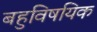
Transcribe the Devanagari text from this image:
बहुविषयिक